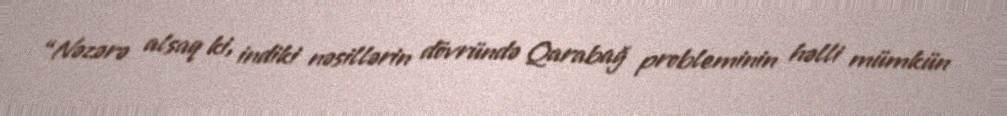
“Nəzərə alsaq ki, indiki nəsillərin dövründə Qarabağ probleminin həlli mümkün